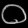
Digit: ၀